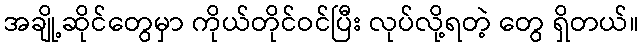
အချို့ဆိုင်တွေမှာ ကိုယ်တိုင်ဝင်ပြီး လုပ်လို့ရတဲ့ တွေ ရှိတယ်။